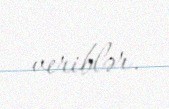
veriblər.